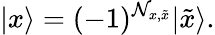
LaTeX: |x\rangle=(-1)^{\mathcal{N}_{x,\tilde{x}}}|\tilde{x}\rangle.